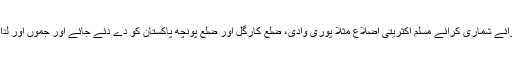
ایک حل یہ ہے کہ بغیر رائے شماری کرائے مسلم اکثریتی اضلاع مثلاً پوری وادی، ضلع کارگل اور ضلع پونچھ پاکستان کو دے دئے جائے اور جموں اور لداخ بھارت کے ساتھ رہیں۔